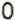
0